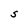
Character: S